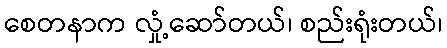
စေတနာက လှုံ့ဆော်တယ်၊ စည်းရုံးတယ်၊